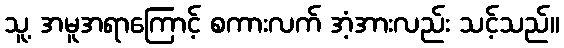
သူ့ အမူအရာကြောင့် စကားလက် အံ့အားလည်း သင့်သည်။